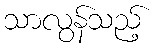
သာလွန်သည့်